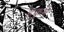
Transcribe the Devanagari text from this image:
हकुम